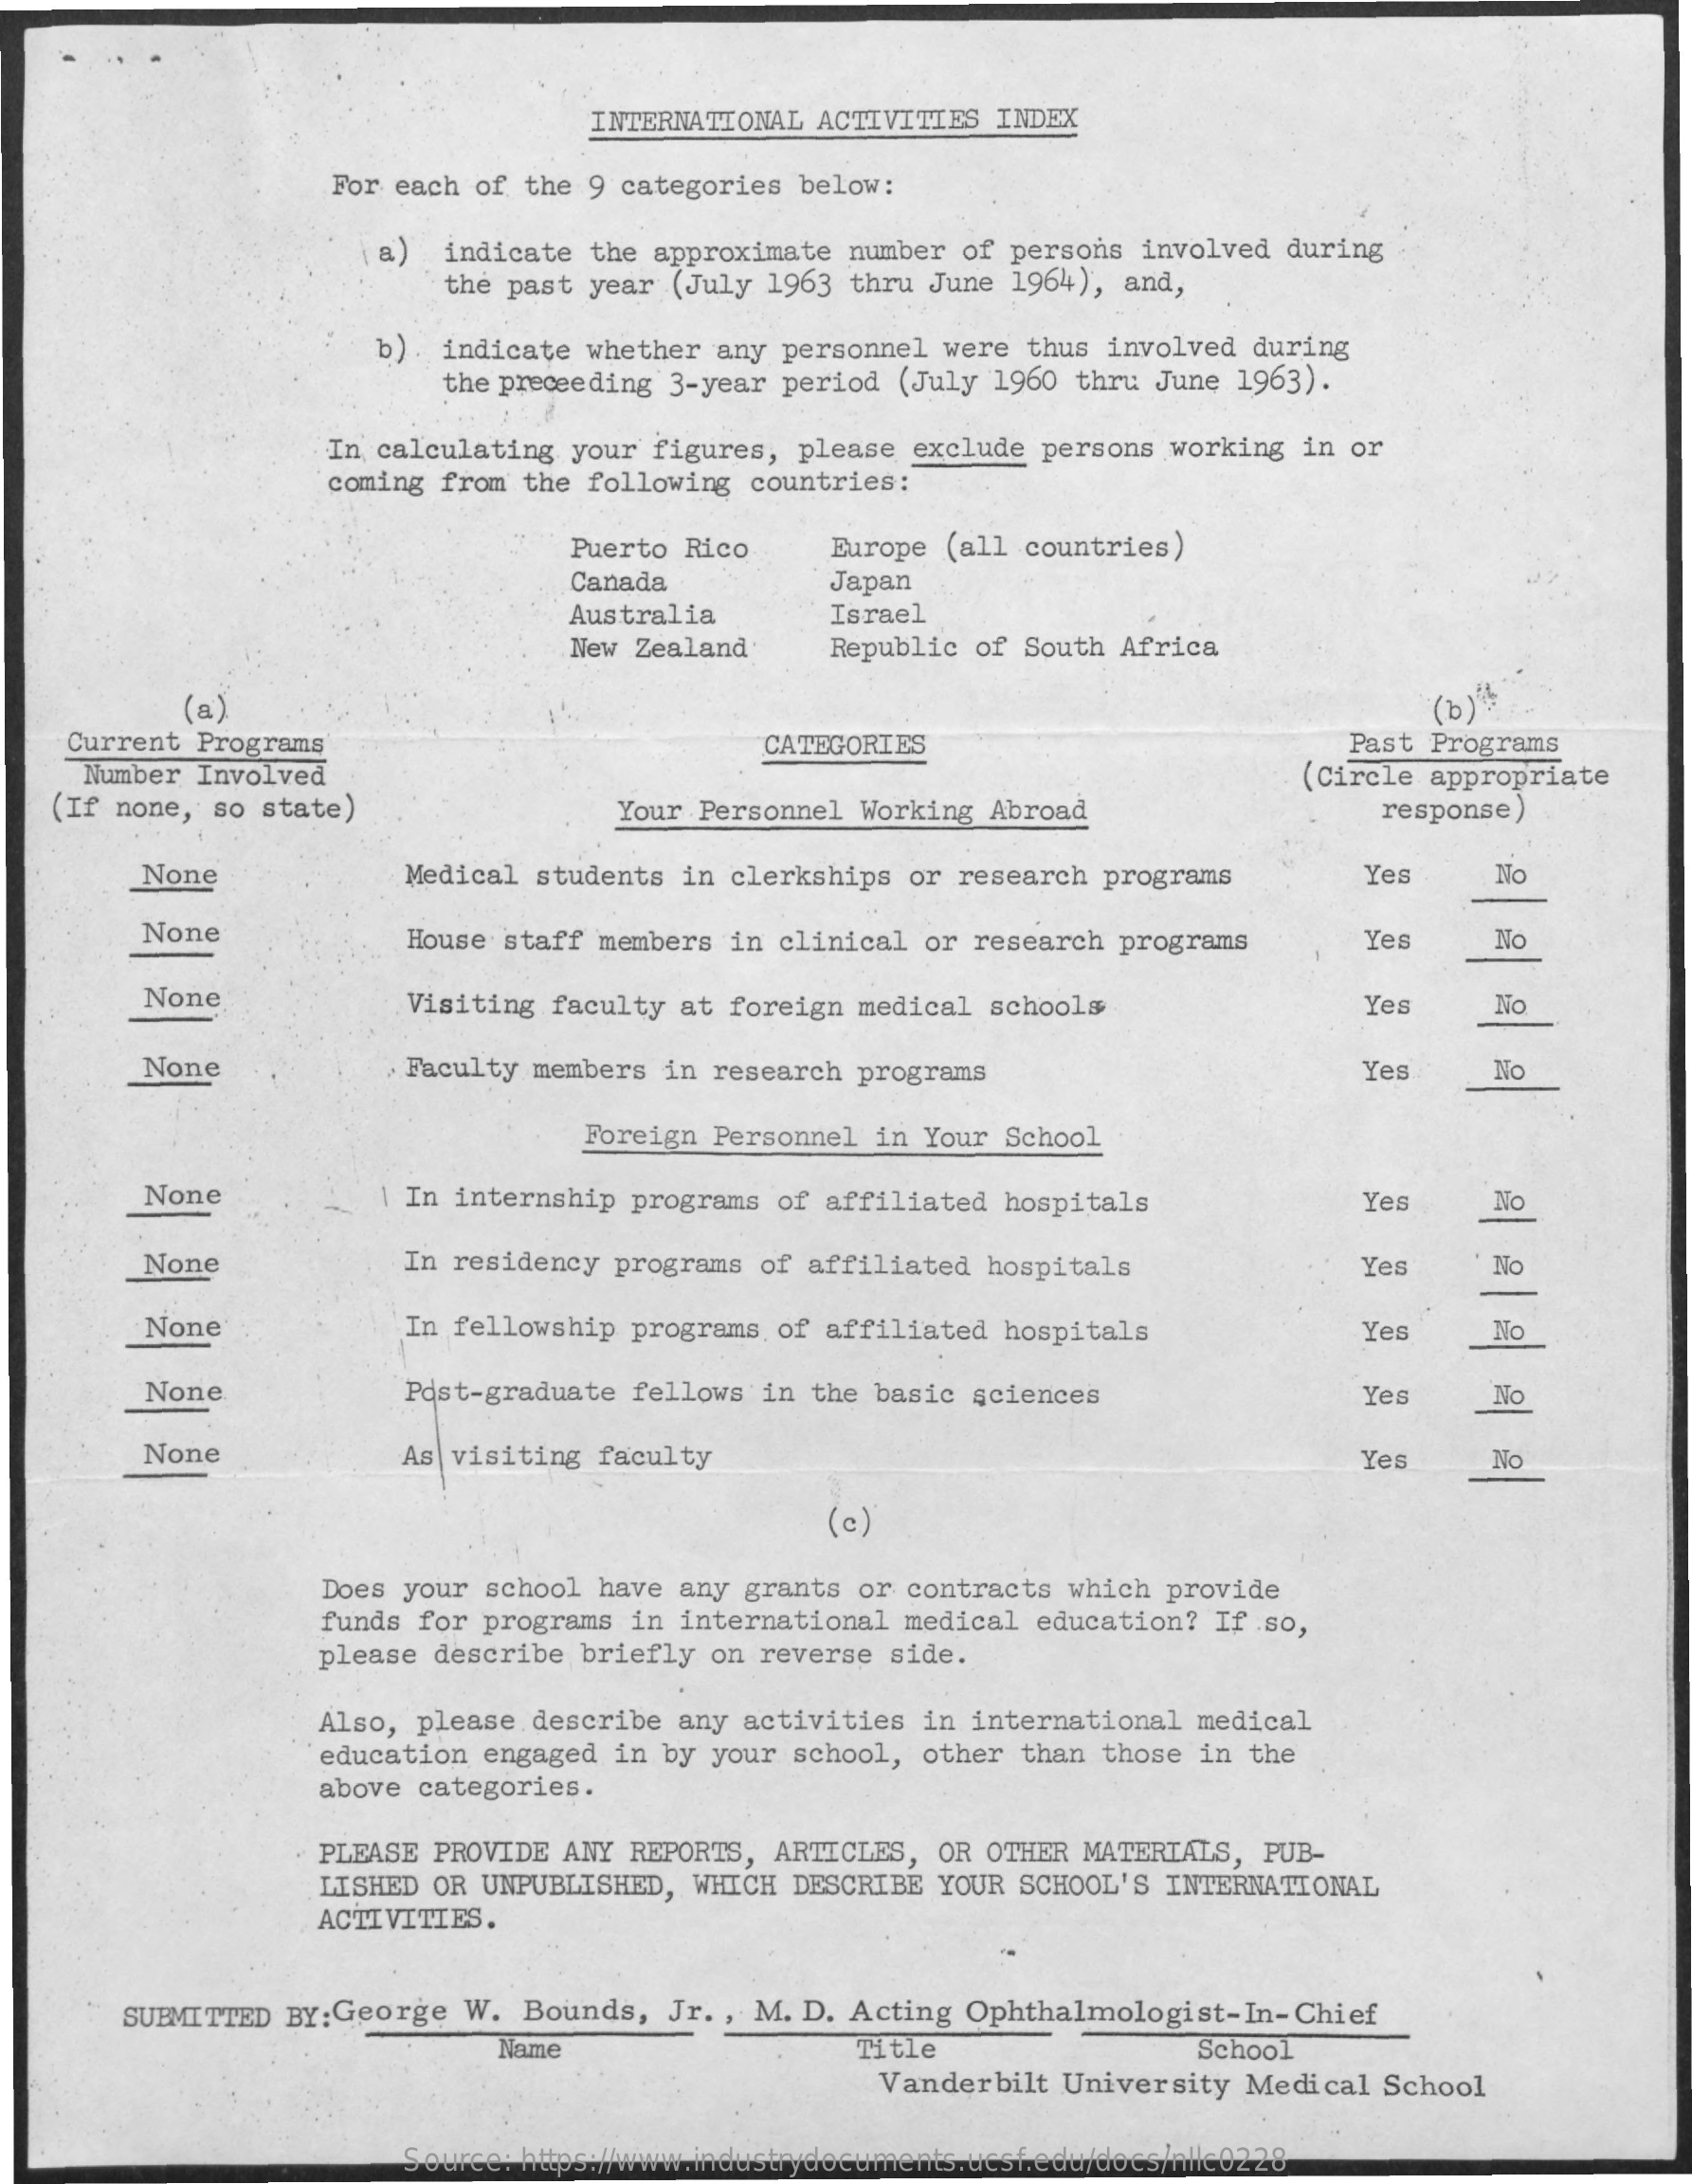
INTERNATIONAL ACTIVITIES INDEX
     For each of the 9 categories below:
     a) indicate the approximate number of persons involved during
     the past year (July 1963 thru June 1964), and,
     b) indicate whether any personnel were thus involved during
     the preceeding 3-year period (July 1960 thru June 1963).
     In calculating your figures, please exclude persons working in or
     coming from the following countries:
     Puerto Rico  Europe (all countries)
     Canada    Japan
     Australia    Israel
     New Zealand  Republic of South Africa
     (a)
    Current Programs
    Number Involved
     CATEGORIES    Past Programs
   (If none, so state)    Your Personnel Working Abroad
     (Circle appropriate
     response )
     None    Medical students in clerkships or research programs Yes No
     None    House staff members in clinical or research programs Yes No
     None    Visiting faculty at foreign medical schools    Yes   No
     None    Faculty members in research programs    Yes   No
     Foreign Personnel in Your School
     None    1 In internship programs of affiliated hospitals  Ye    NO
     None    In residency programs of affiliated hospitals    Yes    No
     None    In fellowship programs of affiliated hospitals   Yes    No
     None    Post-graduate fellows in the basic sciences    Yes    No
     None    As visiting faculty    Yes    No
     (c)
     Does your school have any grants or contracts which provide
     funds for programs in international medical education? If so,
     please describe briefly on reverse side.
     Also, please describe any activities in international medical
     education engaged in by your school, other than those in the
     above categories.
     PLEASE PROVIDE ANY REPORTS, ARTICLES, OR OTHER MATERIALS, PUB-
     LISHED OR UNPUBLISHED, WHICH DESCRIBE YOUR SCHOOL'S INTERNATIONAL
     ACTIVITIES.
     SUBMITTED BY: George W. Bounds, Jr. , M. D. Acting Ophthalmologist-In-Chief
     Name    Title    School
     Vanderbilt University Medical School
     Source: https://www.industrydocuments.ucsf.edu/docs/nllc0228